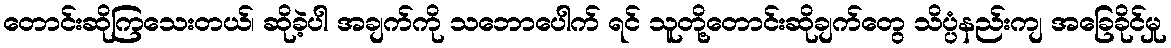
တောင်းဆိုကြသေးတယ်၊ ဆိုခဲ့ပါ အချက်ကို သဘောပေါက် ရင် သူတို့တောင်းဆိုချက်တွေ သိပ္ပံနည်းကျ အခြေခိုင်မှု